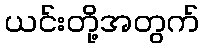
ယင်းတို့အတွက်